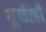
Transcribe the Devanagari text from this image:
युक्तीही